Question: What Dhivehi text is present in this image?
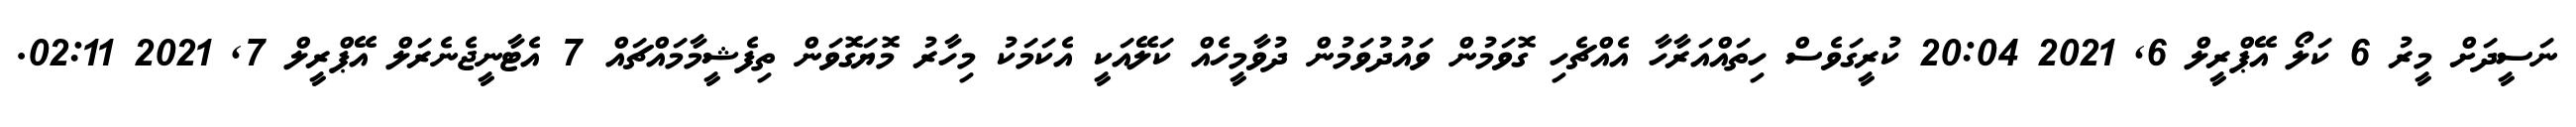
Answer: ނަސީދަށް މީރު 6 ކަލޯ އޭޕްރީލް 6, 2021 20:04 ކުރީގަވެސް ހިތައްއަރާހާ އެއްޗެހި ގޮވަމުން ވައުދުވަމުން ދުވާމީހެއް ކަލޭއަކީ އެކަމަކު މިހާރު މޮޔަގޮވަން ތިފެޝީމާމައްޗައް 7 އެޓާނީޖެނެރަލް އޭޕްރީލް 7, 2021 02:11.